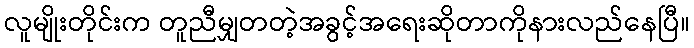
လူမျိုးတိုင်းက တူညီမျှတတဲ့အခွင့်အရေးဆိုတာကိုနားလည်နေပြီ။